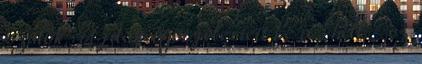
szülők . Újdonságot jelentett be a Shell - ez